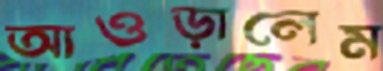
আওড়ালেম